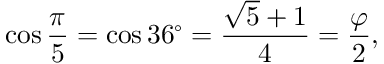
\cos { \frac { \pi } { 5 } } = \cos 3 6 ^ { \circ } = { \frac { { \sqrt { 5 } } + 1 } { 4 } } = { \frac { \varphi } { 2 } } ,